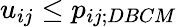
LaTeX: u_{ij}\leq p_{ij;DBCM}